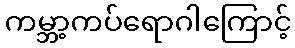
ကမ္ဘာ့ကပ်ရောဂါကြောင့်